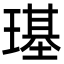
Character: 璂